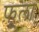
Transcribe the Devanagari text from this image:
फ़ूला